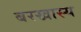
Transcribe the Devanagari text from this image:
बरखास्य